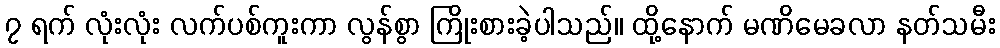
၇ ရက် လုံးလုံး လက်ပစ်ကူးကာ လွန်စွာ ကြိုးစားခဲ့ပါသည်။ ထို့နောက် မဏိမေခလာ နတ်သမီး